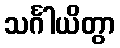
သင်္ဂါယိတွာ